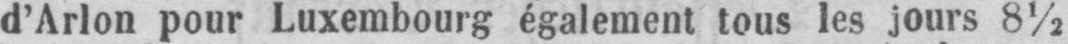
d’Arlon pour Luxembourg également tous les jours 8½